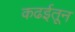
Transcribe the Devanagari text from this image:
कढईतून